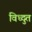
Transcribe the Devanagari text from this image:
विध्दुत